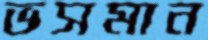
ভসমান